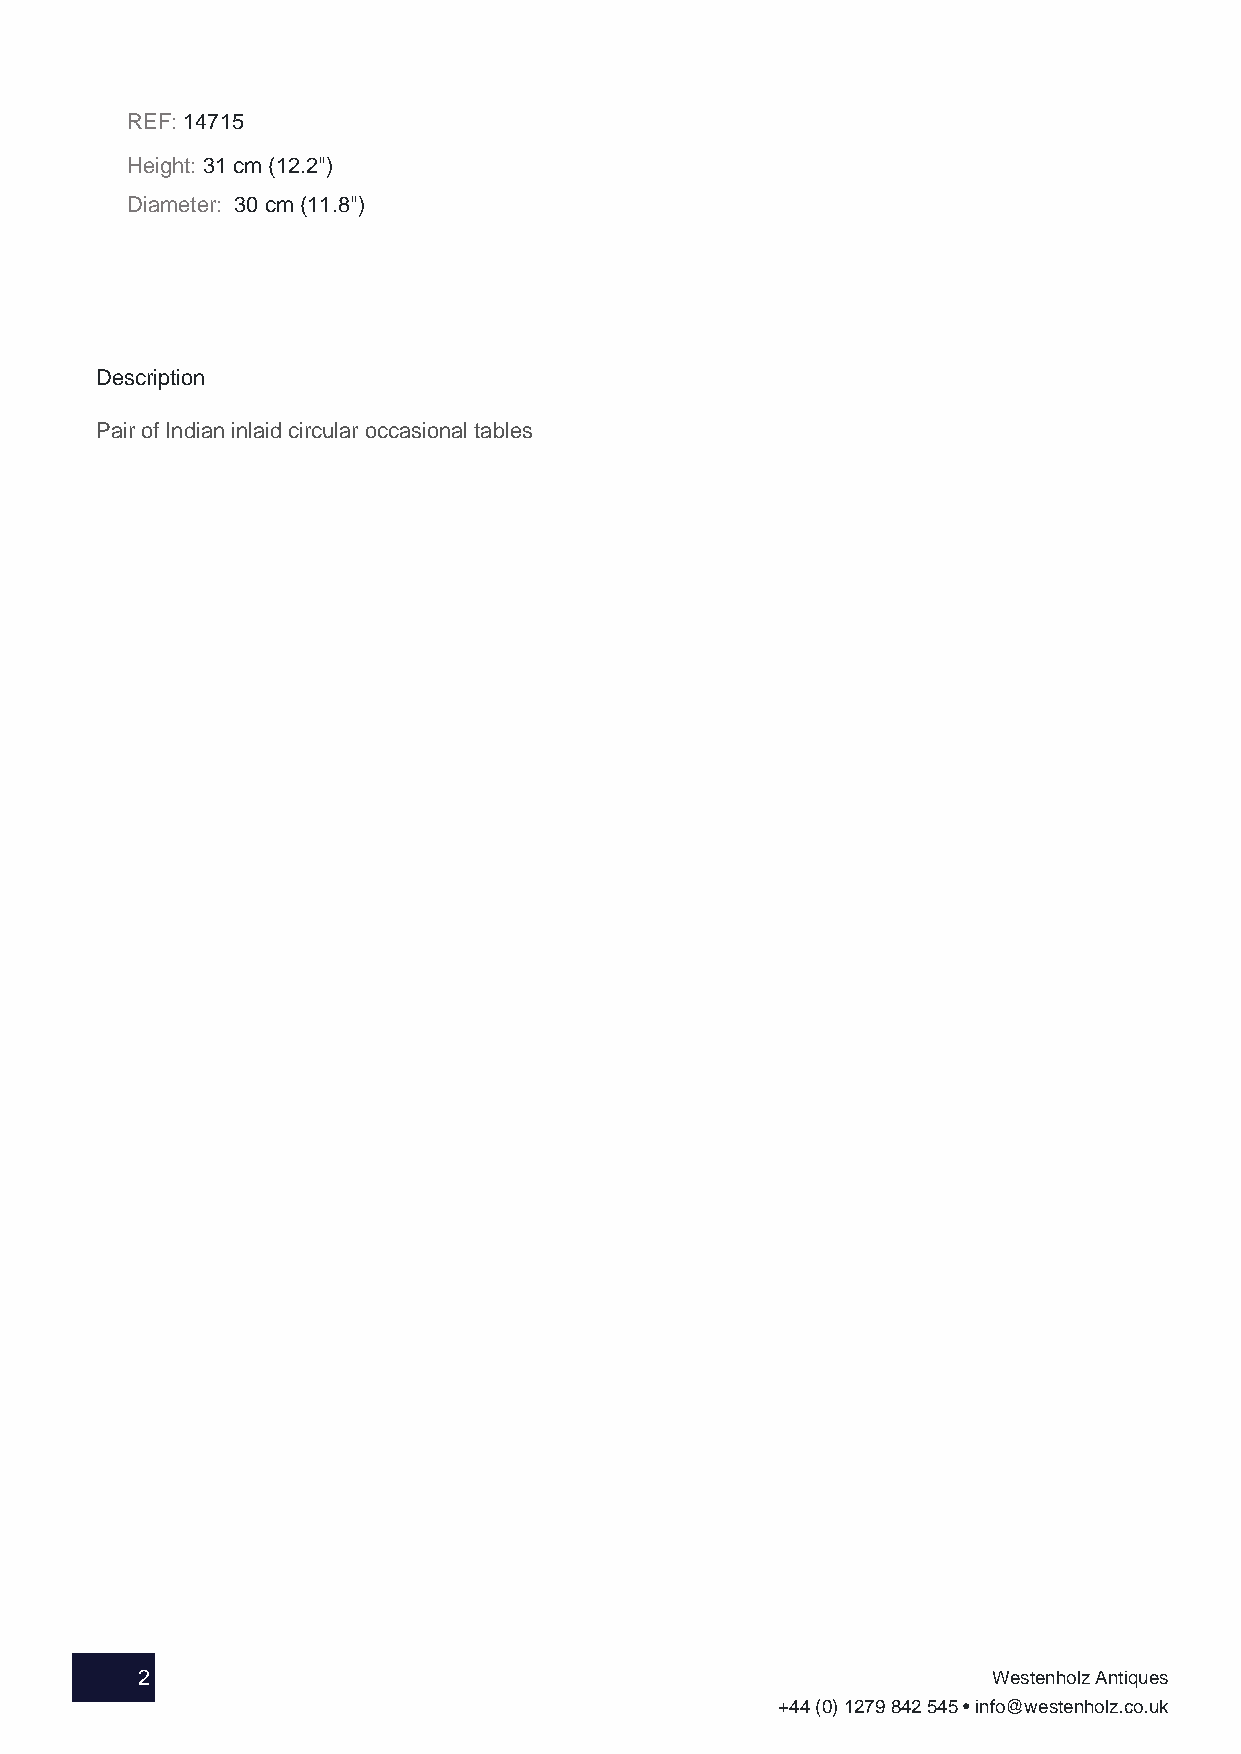
REF: 14715
 Height: 31 cm (12.2")
 Diameter: 30 cm (11.8")
 Description
 Pair of Indian inlaid circular occasional tables
 2                                                        Westenholz Antiques
 +44 (0) 1279 842 545 • info@westenholz.co.uk